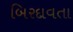
બિરદાવતા